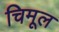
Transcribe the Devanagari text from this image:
चिमूल